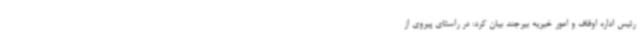
رئیس اداره اوقاف و امور خیریه بیرجند بیان کرد: در راستای پیروی از